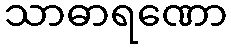
သာဓာရဏော